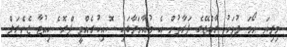
މިދިޔަ ހޯމަ ދުވަހު ރާއްޖޭގެ ފަރާތުން އެ މުއާހަދާގައި ސޮއިކުރެއްވީ ޕްރޮސެކިއުޓާ ޖެނެރަލް